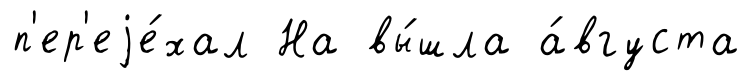
п'ер'еjе́хал На вы́шла а́вгуста